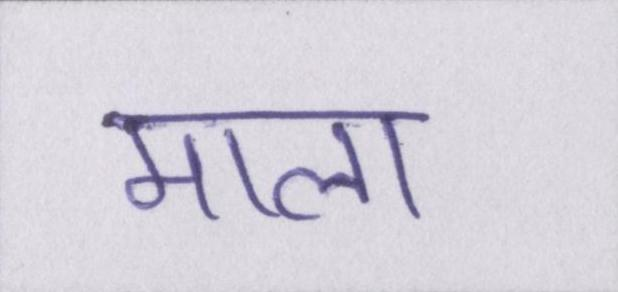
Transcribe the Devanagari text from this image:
माला